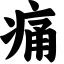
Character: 痛